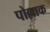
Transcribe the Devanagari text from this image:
पोल्लाक